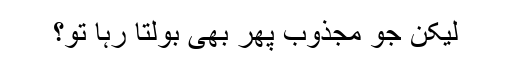
لیکن جو مجذوب پھر بھی بولتا رہا تو؟